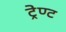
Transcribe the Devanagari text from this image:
ट्रेण्ट